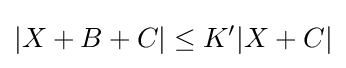
|X+B+C|\leq K'|X+C|